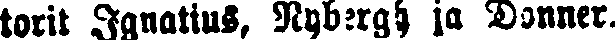
torit Ignatius, Nyberg ja Donner.